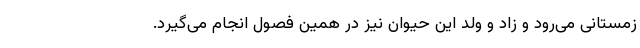
زمستانی می‌رود و زاد و ولد این حیوان نیز در همین فصول انجام می‌گیرد.